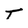
Character: T